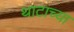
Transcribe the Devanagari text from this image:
थाटाच्या